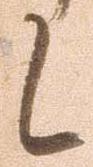
候